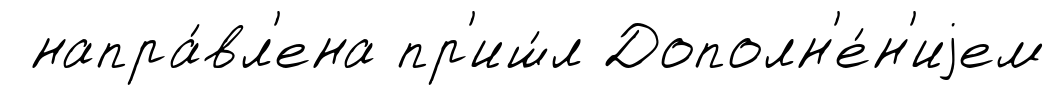
напра́вл'ена пр'иш́л Дополн'е́н'иjем